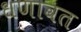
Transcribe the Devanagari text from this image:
धणावत